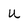
Character: u